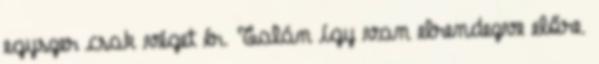
egyszer csak véget ér. Talán így van elrendezve előre.